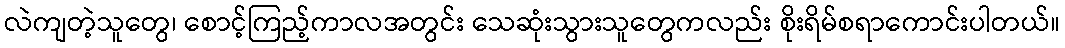
လဲကျတဲ့သူတွေ၊ စောင့်ကြည့်ကာလအတွင်း သေဆုံးသွားသူတွေကလည်း စိုးရိမ်စရာကောင်းပါတယ်။